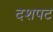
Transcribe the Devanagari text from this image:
दशपट